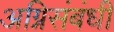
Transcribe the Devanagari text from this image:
अग्निसंबंधी